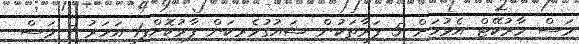
މަސް މާރުކޭޓް އެޅުމަށް 5 ފަރާތަކުން ޝައުގުވެރިކަން ފާޅުކޮށްފި1 އަހަރު 7 މަސް